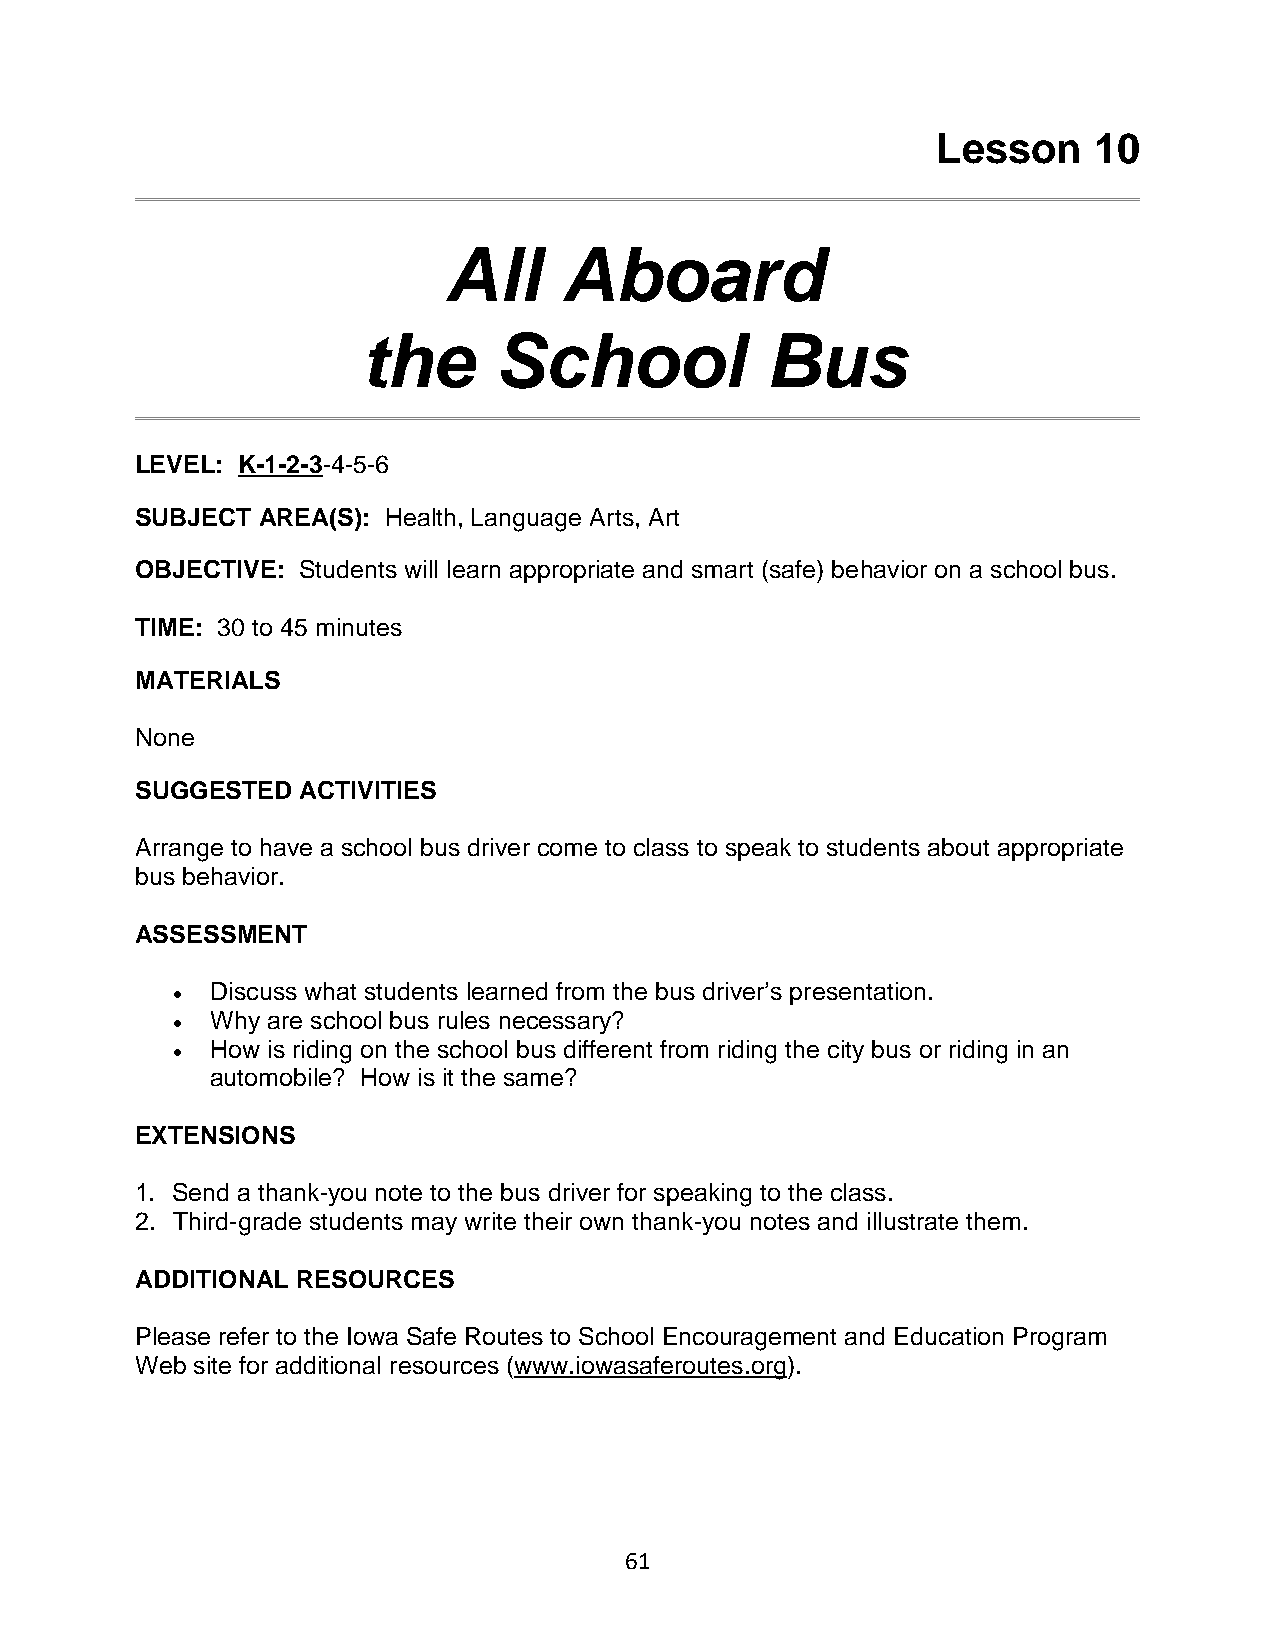
Lesson    10
 All     Aboard
 the      School            Bus
 LEVEL: K-1-2-3-4-5-6
 SUBJECT AREA(S): Health, Language Arts, Art
 OBJECTIVE: Students will learn appropriate and smart (safe) behavior on a school bus.
 TIME: 30 to 45 minutes
 MATERIALS
 None
 SUGGESTED  ACTIVITIES
 Arrange to have a school bus driver come to class to speak to students about appropriate
 bus behavior.
 ASSESSMENT
 •  Discuss what students learned from the bus driver’s presentation.
 •  Why are school bus rules necessary?
 •  How is riding on the school bus different from riding the city bus or riding in an
 automobile? How is it the same?
 EXTENSIONS
 1. Send a thank-you note to the bus driver for speaking to the class.
 2. Third-grade students may write their own thank-you notes and illustrate them.
 ADDITIONAL RESOURCES
 Please refer to the Iowa Safe Routes to School Encouragement and Education Program
 Web site for additional resources (www.iowasaferoutes.org).
 61